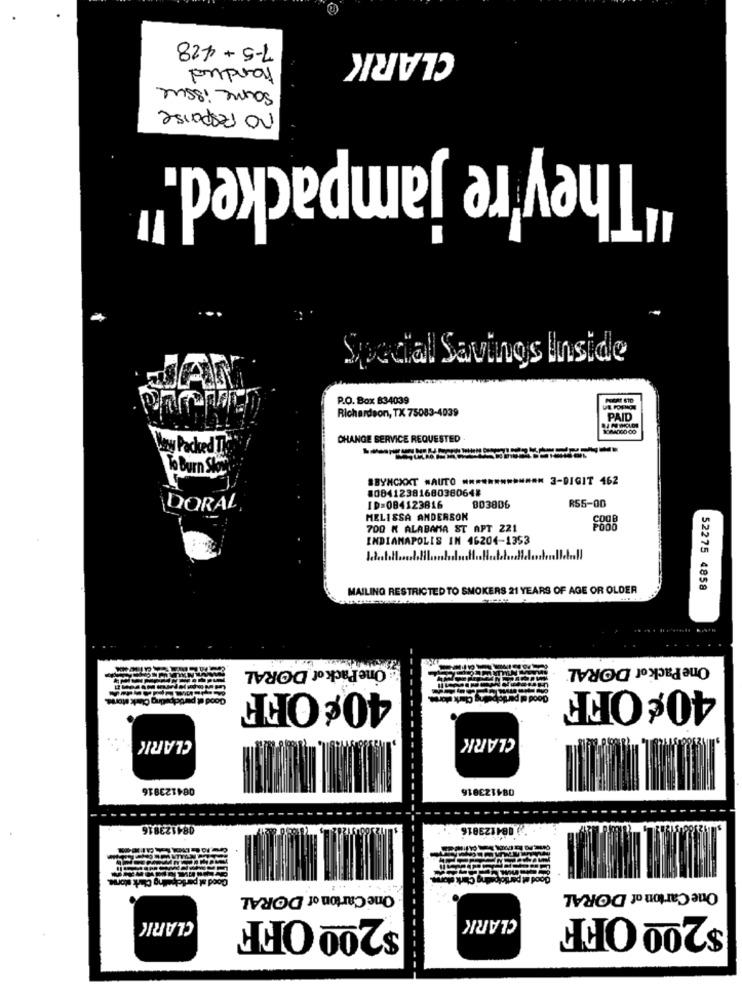
7-5+428
CLARK
handled
same issue
no response
'They're jampacked."
Special Savings Inside
P.O. Box 834039
Richardson, TX 75083-4039
PAID
CHANGE SERVICE REQUESTED
hay Packed T.
To Burn Ster
SBYNCXXT #AUTO ************* 3-DIGIT 462
80841238168038064#
R55-00
DORAL
ID=084123816
803806
MELISSA ANDERSON
COOB
700 K ALABAMA ST APT 221
INDIANAPOLIS IN 46204-1353
MAILING RESTRICTED TO SMOKERS 21 YEARS OF AGE OR OLDER
52275 4858
: One Pack of DORAL
One Pack of DORAL
40¢ OFF
40¢ OFF
CLARK
CLARK
084123816
084123816
084123816
.. 2
One Carton of DORAL
One Carton of DORAL
$200 OFF
CLARK
$200 OFF
CLARI